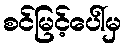
စင်မြင့်ပေါ်မှ